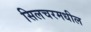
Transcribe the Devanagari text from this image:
सिलचरमधील